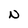
Character: N